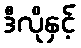
ဒီလိုနှင့်